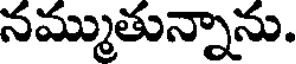
నమ్ముతున్నాను.